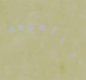
بالعودة